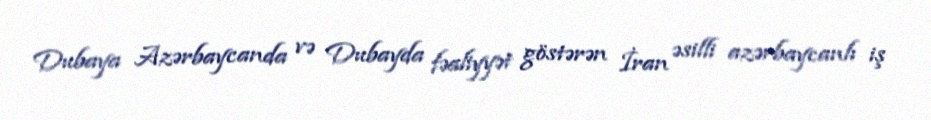
Dubaya Azərbaycanda və Dubayda fəaliyyət göstərən İran əsilli azərbaycanlı iş